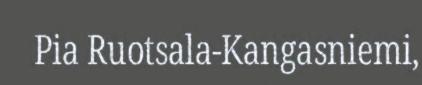
Pia Ruotsala-Kangasniemi,